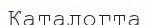
Каталогта